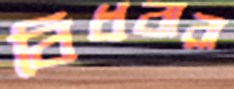
বিধবারা